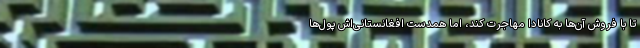
تا با فروش آن‌ها به کانادا مهاجرت کند، اما همدست افغانستانی‌اش پول‌ها